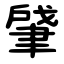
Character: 肈